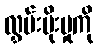
လွှမ်းမိုးမှုကို